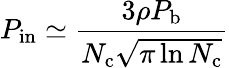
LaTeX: P_{\mathrm{in}}\simeq\frac{3\rho P_{\mathrm{b}}}{N_{\mathrm{c}}\sqrt{\pi\ln{N_{\mathrm{c}}}}}